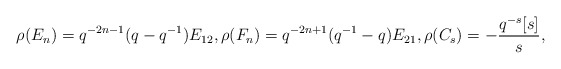
\begin{align*}& \rho(E_n) = q^{-2n-1} (q-q^{-1}) E_{12},\rho(F_n) = q^{-2n+1}(q^{-1}-q) E_{21}, \rho(C_s) = - \frac{q^{-s}[s]}{s},\end{align*}